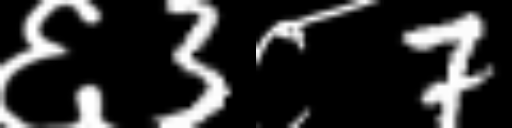
Text: ६3८7